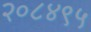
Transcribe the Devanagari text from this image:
२०८४९५